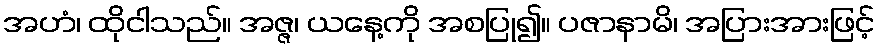
အဟံ၊ ထိုငါသည်။ အဇ္ဇ၊ ယနေ့ကို အစပြု၍။ ပဇာနာမိ၊ အပြားအားဖြင့်